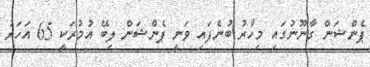
ޕެންޝަން ގާނޫނުގައި މިހާރު ބުނެފައި ވަނީ ޕެންޝަން ލިބޭ އުމުރަކީ 65 އަހަރު